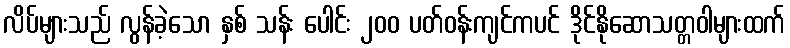
လိပ်များသည် လွန်ခဲ့သော နှစ် သန်း ပေါင်း ၂၀၀ ပတ်ဝန်းကျင်ကပင် ဒိုင်နိုဆောသတ္တဝါများထက်